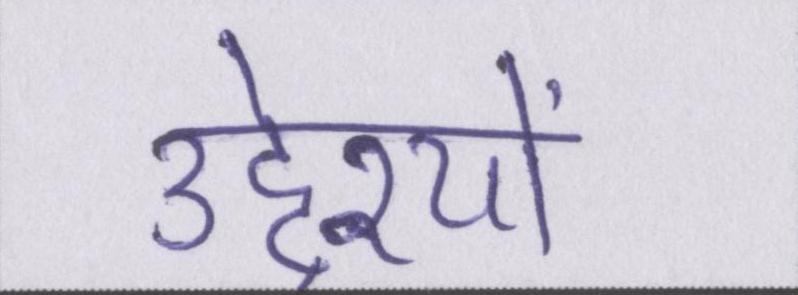
उद्देश्यों